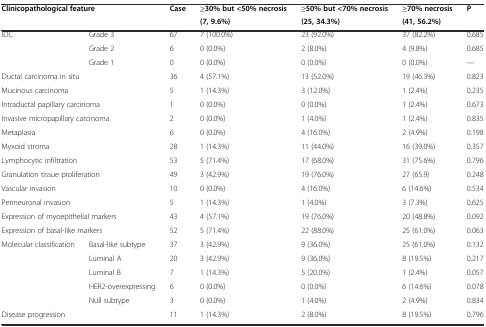
<table><thead><tr><td rowspan="2" colspan="2"><b>Clinicopathological feature</b></td><td rowspan="2"><b>Case</b></td><td><b>≥30% but &lt;50% necrosis</b></td><td><b>≥50% but &lt;70% necrosis</b></td><td><b>≥70% necrosis</b></td><td rowspan="2"><b>P</b></td></tr><tr><td><b>(7, 9.6%)</b></td><td><b>(25, 34.3%)</b></td><td><b>(41, 56.2%)</b></td></tr></thead><tbody><tr><td rowspan="3">IDC</td><td>Grade 3</td><td>67</td><td>7 (100.0%)</td><td>23 (92.0%)</td><td>37 (82.2%)</td><td>0.685</td></tr><tr><td>Grade 2</td><td>6</td><td>0 (0.0%)</td><td>2 (8.0%)</td><td>4 (9.8%)</td><td>0.685</td></tr><tr><td>Grade 1</td><td>0</td><td>0 (0.0%)</td><td>0 (0.0%)</td><td>0 (0.0%)</td><td>—</td></tr><tr><td colspan="2">Ductal carcinoma in situ</td><td>36</td><td>4 (57.1%)</td><td>13 (52.0%)</td><td>19 (46.3%)</td><td>0.823</td></tr><tr><td colspan="2">Mucinous carcinoma</td><td>5</td><td>1 (14.3%)</td><td>3 (12.0%)</td><td>1 (2.4%)</td><td>0.235</td></tr><tr><td colspan="2">Intraductal papillary carcinoma</td><td>1</td><td>0 (0.0%)</td><td>0 (0.0%)</td><td>1 (2.4%)</td><td>0.673</td></tr><tr><td colspan="2">Invasive micropapillary carcinoma</td><td>2</td><td>0 (0.0%)</td><td>1 (4.0%)</td><td>1 (2.4%)</td><td>0.835</td></tr><tr><td colspan="2">Metaplasia</td><td>6</td><td>0 (0.0%)</td><td>4 (16.0%)</td><td>2 (4.9%)</td><td>0.198</td></tr><tr><td colspan="2">Myxoid stroma</td><td>28</td><td>1 (14.3%)</td><td>11 (44.0%)</td><td>16 (39.0%)</td><td>0.357</td></tr><tr><td colspan="2">Lymphocytic infiltration</td><td>53</td><td>5 (71.4%)</td><td>17 (68.0%)</td><td>31 (75.6%)</td><td>0.796</td></tr><tr><td colspan="2">Granulation tissue proliferation</td><td>49</td><td>3 (42.9%)</td><td>19 (76.0%)</td><td>27 (65.9)</td><td>0.248</td></tr><tr><td colspan="2">Vascular invasion</td><td>10</td><td>0 (0.0%)</td><td>4 (16.0%)</td><td>6 (14.6%)</td><td>0.534</td></tr><tr><td colspan="2">Perineuronal invasion</td><td>5</td><td>1 (14.3%)</td><td>1 (4.0%)</td><td>3 (7.3%)</td><td>0.625</td></tr><tr><td colspan="2">Expression of myoepithelial markers</td><td>43</td><td>4 (57.1%)</td><td>19 (76.0%)</td><td>20 (48.8%)</td><td>0.092</td></tr><tr><td colspan="2">Expression of basal-like markers</td><td>52</td><td>5 (71.4%)</td><td>22 (88.0%)</td><td>25 (61.0%)</td><td>0.063</td></tr><tr><td rowspan="5">Molecular classification</td><td>Basal-like subtype</td><td>37</td><td>3 (42.9%)</td><td>9 (36.0%)</td><td>25 (61.0%)</td><td>0.132</td></tr><tr><td>Luminal A</td><td>20</td><td>3 (42.9%)</td><td>9 (36.0%)</td><td>8 (19.5%)</td><td>0.217</td></tr><tr><td>Luminal B</td><td>7</td><td>1 (14.3%)</td><td>5 (20.0%)</td><td>1 (2.4%)</td><td>0.057</td></tr><tr><td>HER2-overexpressing</td><td>6</td><td>0 (0.0%)</td><td>0 (0.0%)</td><td>6 (14.6%)</td><td>0.078</td></tr><tr><td>Null subtype</td><td>3</td><td>0 (0.0%)</td><td>1 (4.0%)</td><td>2 (4.9%)</td><td>0.834</td></tr><tr><td colspan="2">Disease progression</td><td>11</td><td>1 (14.3%)</td><td>2 (8.0%)</td><td>8 (19.5%)</td><td>0.796</td></tr></tbody></table>